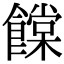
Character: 饓